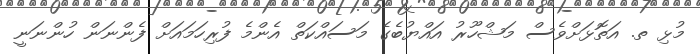
މުޅި ތ. އަތޮޅަށްވެސް މަޝްހޫރު އައްޔުބެގެ މަސައްކަތް އެންމެ ފުރިހަމައަށް ފެންނަން ހުންނަނީ